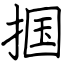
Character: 掴